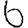
Digit: 6